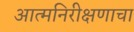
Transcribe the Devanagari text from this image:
आत्मनिरीक्षणाचा